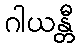
ဂါယန္တီ